Vaccination in the Punjab 1897-1904 - 1897-1904
Year: 1897
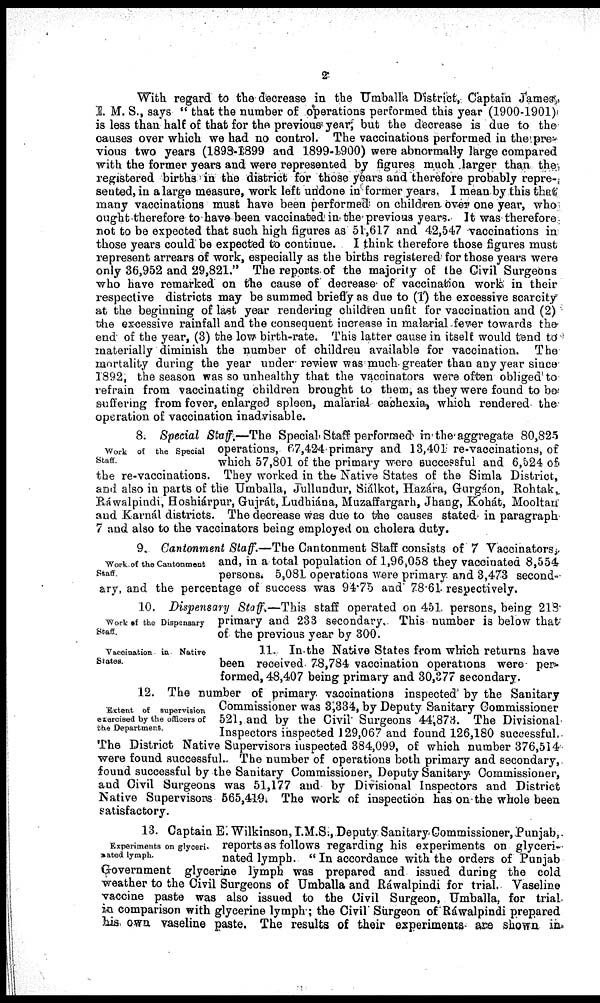
2
With regard to the decrease in the Umballa District, Captain James,
I. M. S., says " that the number of operations performed this year (1900-1901)
is less than half of that for the previous year but the decrease is due to the
causes over which we had no control. The vaccinations performed in the pre-
vious two years (1898-1899 and 1899-1900) were abnormally large compared
with the former years and were represented by figures much larger than the
registered births in the district for those years and therefore probably repre¬
sented, in a large measure, work left undone in former years. I mean by this that;
many vaccinations must have been performed on children over one year, who
ought therefore to have been vaccinated in the previous years. It was therefore
not to be expected that such high figures as 51,617 and 42,547 vaccinations in
those years could be expected to continue. I think therefore those figures must
represent arrears of work, especially as the births registered for those years were
only 36,952 and 29,821." The reports of the majority of the Civil Surgeons
who have remarked on the cause of decrease of vaccination work in their
respective districts may be summed briefly as due to (1) the excessive scarcity
at the beginning of last year rendering children unfit for vaccination and (2)
the excessive rainfall and the consequent increase in malarial fever towards the
end of the year, (3) the low birth-rate. This latter cause in itself would tend to
materially diminish the number of children available for vaccination. The
mortality during the year under review was much greater than any year since
1892, the season was so unhealthy that the vaccinators were often obliged to
refrain from vaccinating children brought to them, as they were found to be
suffering from fever, enlarged spleen, malarial cachexia, which rendered the
operation of vaccination inadvisable.
Work of the Special
Staff.
8. Special Staff.—The Special Staff performed in the aggregate 80,825
operations, 67,424 primary and 13,401 re-vaccinations, of
which 57,801 of the primary were successful and 6,524 of
the re-vaccinations. They worked in the Native States of the Simla District,
and also in parts of the Umballa, Jullundur, Siálkot, Hazára, Gurgáon, Rohtak,
Ráwalpindi, Hoshiárpur, Gujrát, Ludhiána, Muzaffargarh, Jhang, Kohát, Mooltau
and Karnál districts. The decrease was due to the causes stated in paragraph
7 and also to the vaccinators being employed on cholera duty.
Work of the Cantonment
Staff.
9. Cantonment Staff.—The Cantonment Staff consists of 7 Vaccinators;
and, in a total population of 1,96,058 they vaccinated 8,554
persons. 5,081 operations were primary and 3,473 second-
ary, and the percentage of success was 94.75 and 78.61 respectively.
Work of the Dispensary
Staff.
10. Dispensary Staff.—This staff operated on 451. persons, being 218
primary and 233 secondary. This number is below that
of the previous year by 300.
Vaccination in Native
States.
11. In the Native States from which returns have
been received 78,784 vaccination operations were per-
formed, 48,407 being primary and 30,377 secondary.
Extent of supervision
exercised by the officers of
the Department.
12. The number of primary vaccinations inspected' by the Sanitary
Commissioner was 3,334, by Deputy Sanitary Commissioner
521, and by the Civil Surgeons 44,873. The Divisional
Inspectors inspected 129,067 and found 126,180 successful.
The District Native Supervisors inspected 384,099, of which number 376,514
were found successful.. The number of operations both primary and secondary,
found successful by the Sanitary Commissioner, Deputy Sanitary Commissioner,
and Civil Surgeons was 51,177 and by Divisional Inspectors and District
Native Supervisors 565,419. The work of inspection has on the whole been
satisfactory.
Experiments on glyceri¬
nated lymph.
13. Captain E. Wilkinson, I.M.S., Deputy Sanitary Commissioner, Punjab,
reports as follows regarding his experiments on glyceri¬
nated lymph. " In accordance with the orders of Punjab
Government glycerine lymph was prepared and issued during the cold
weather to the Civil Surgeons of Umballa and Ráwalpindi for trial. Vaseline
vaccine paste was also issued to the Civil Surgeon, Umballa, for trial
in comparison with glycerine lymph ; the Civil Surgeon of Ráwalpindi prepared
his own vaseline paste. The results of their experiments are shown in